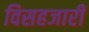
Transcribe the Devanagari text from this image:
विसहजारी